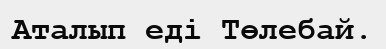
Аталып еді Төлебай.